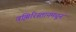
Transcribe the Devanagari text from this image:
वझिरिस्तानमधून